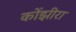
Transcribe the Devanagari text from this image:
कोंझीरा